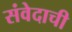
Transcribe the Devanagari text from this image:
संवेदाची